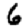
Digit: 6